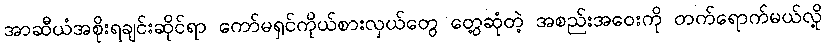
အာဆီယံအစိုးရချင်းဆိုင်ရာ ကော်မရှင်ကိုယ်စားလှယ်တွေ တွေ့ဆုံတဲ့ အစည်းအဝေးကို တက်ရောက်မယ်လို့